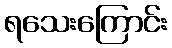
ရသေးကြောင်း